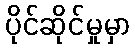
ပိုင်ဆိုင်မှုမှာ